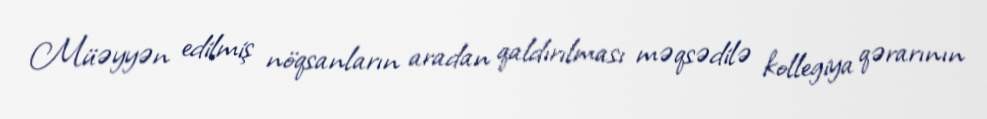
Müəyyən edilmiş nöqsanların aradan qaldırılması məqsədilə kollegiya qərarının